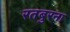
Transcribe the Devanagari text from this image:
रतबुरना